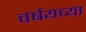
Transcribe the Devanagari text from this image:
वर्षयच्या